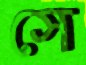
সে